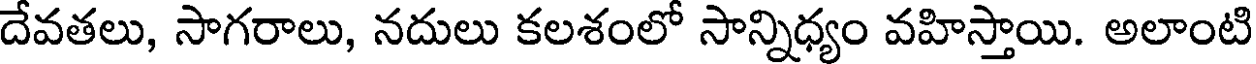
దేవతలు, సాగరాలు, నదులు కలశంలో సాన్నిధ్యం వహిస్తాయి. అలాంటి